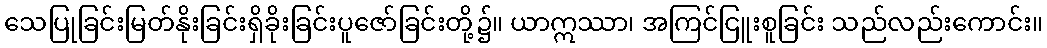
သေပြုခြင်းမြတ်နိုးခြင်းရှိခိုးခြင်းပူဇော်ခြင်းတို့၌။ ယာဣဿာ၊ အကြင်ငြူးစူခြင်း သည်လည်းကောင်း။